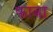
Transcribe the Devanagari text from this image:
फाबा